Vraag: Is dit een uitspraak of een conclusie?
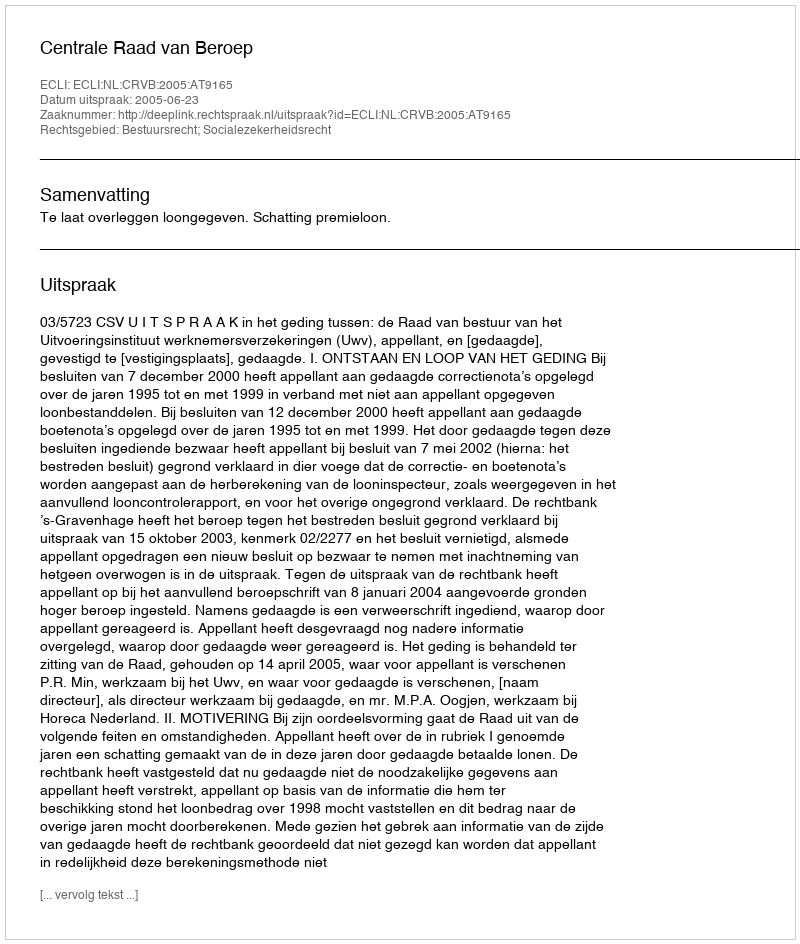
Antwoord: Uitspraak